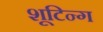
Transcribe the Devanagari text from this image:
शूटिन्ग